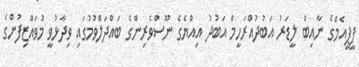
ޕީޕީއެމްގެ ނާއިބް ލީޑަރު އަބުދުއްރަހީމް އަބުދު އިއްޔެގެ ނޫސްވެރިންގެ ބައްދަލްވުމުގައި ވިދާޅުވީ މުވައްޒިފުންގެ